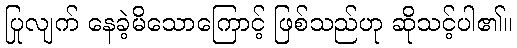
ပြုလျက် နေခဲ့မိသောကြောင့် ဖြစ်သည်ဟု ဆိုသင့်ပါ၏။